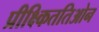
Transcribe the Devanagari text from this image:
प्रीक्ष्किततिओन